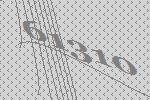
61310